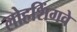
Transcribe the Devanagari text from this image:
लोहशिंगवे